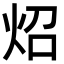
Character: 炤